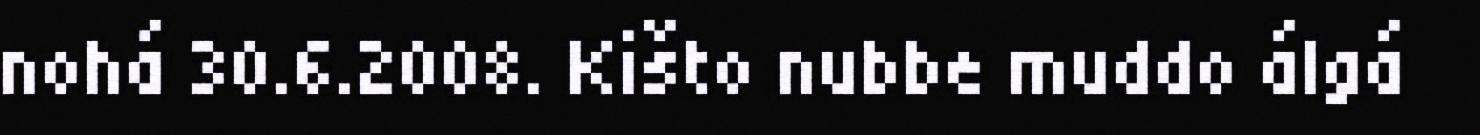
nohá 30.6.2008. Kišto nubbe muddo álgá